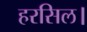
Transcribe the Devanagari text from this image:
हरसिल।